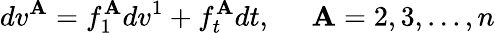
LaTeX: dv^{\mathbf{A}}=f_{1}^{\mathbf{A}}dv^{1}+f_{t}^{\mathbf{A}}dt,\; \; \; \; \; \mathbf{A}=2,3,...,n